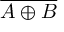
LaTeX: \overline { { A \oplus B } }